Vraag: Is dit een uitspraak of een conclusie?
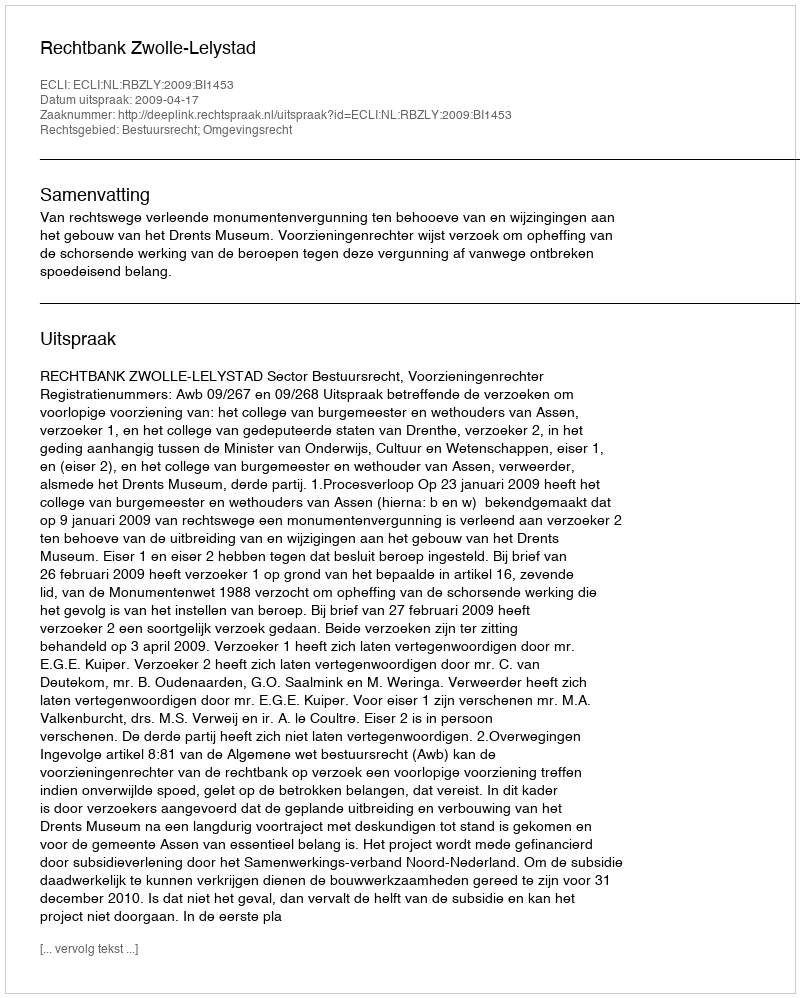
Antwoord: Uitspraak